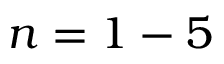
n = 1 - 5